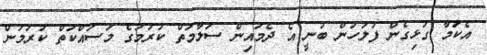
އެކަމާ ގުޅިގެން ފުލުހުން ބުނީ އެ ދެމައިން ސަލާމަތް ކުރުމުގެ މަސައްކަތް ކުރަމުން